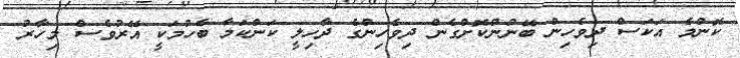
ކޮންމެ އަކަސް ދިވެހިން ބޭނުންކޮށްގެން ދިވެހިންގެ ދާހިލީ ކަންކަމާ ބެހުމަކީ އޭރުވެސް މިހާރު